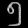
Digit: ၅